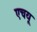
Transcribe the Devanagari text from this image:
एचयू